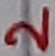
Text: 2